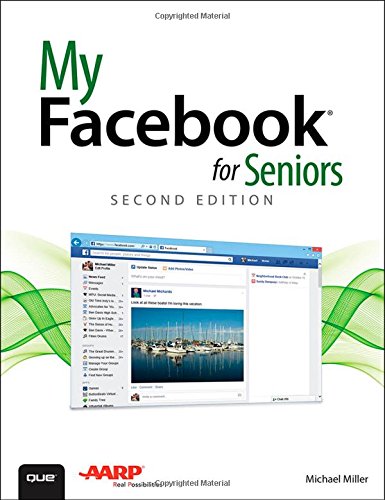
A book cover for My Facebook for Seniors (2nd Edition); Michael Miller; Computers & Technology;